Bréfritari: Katrín Einarsdóttir
Viðtakandi: Daníel Halldórsson
Dagsetning: A-1877-03-15
Skrifað á: Akureyri  Eyf.

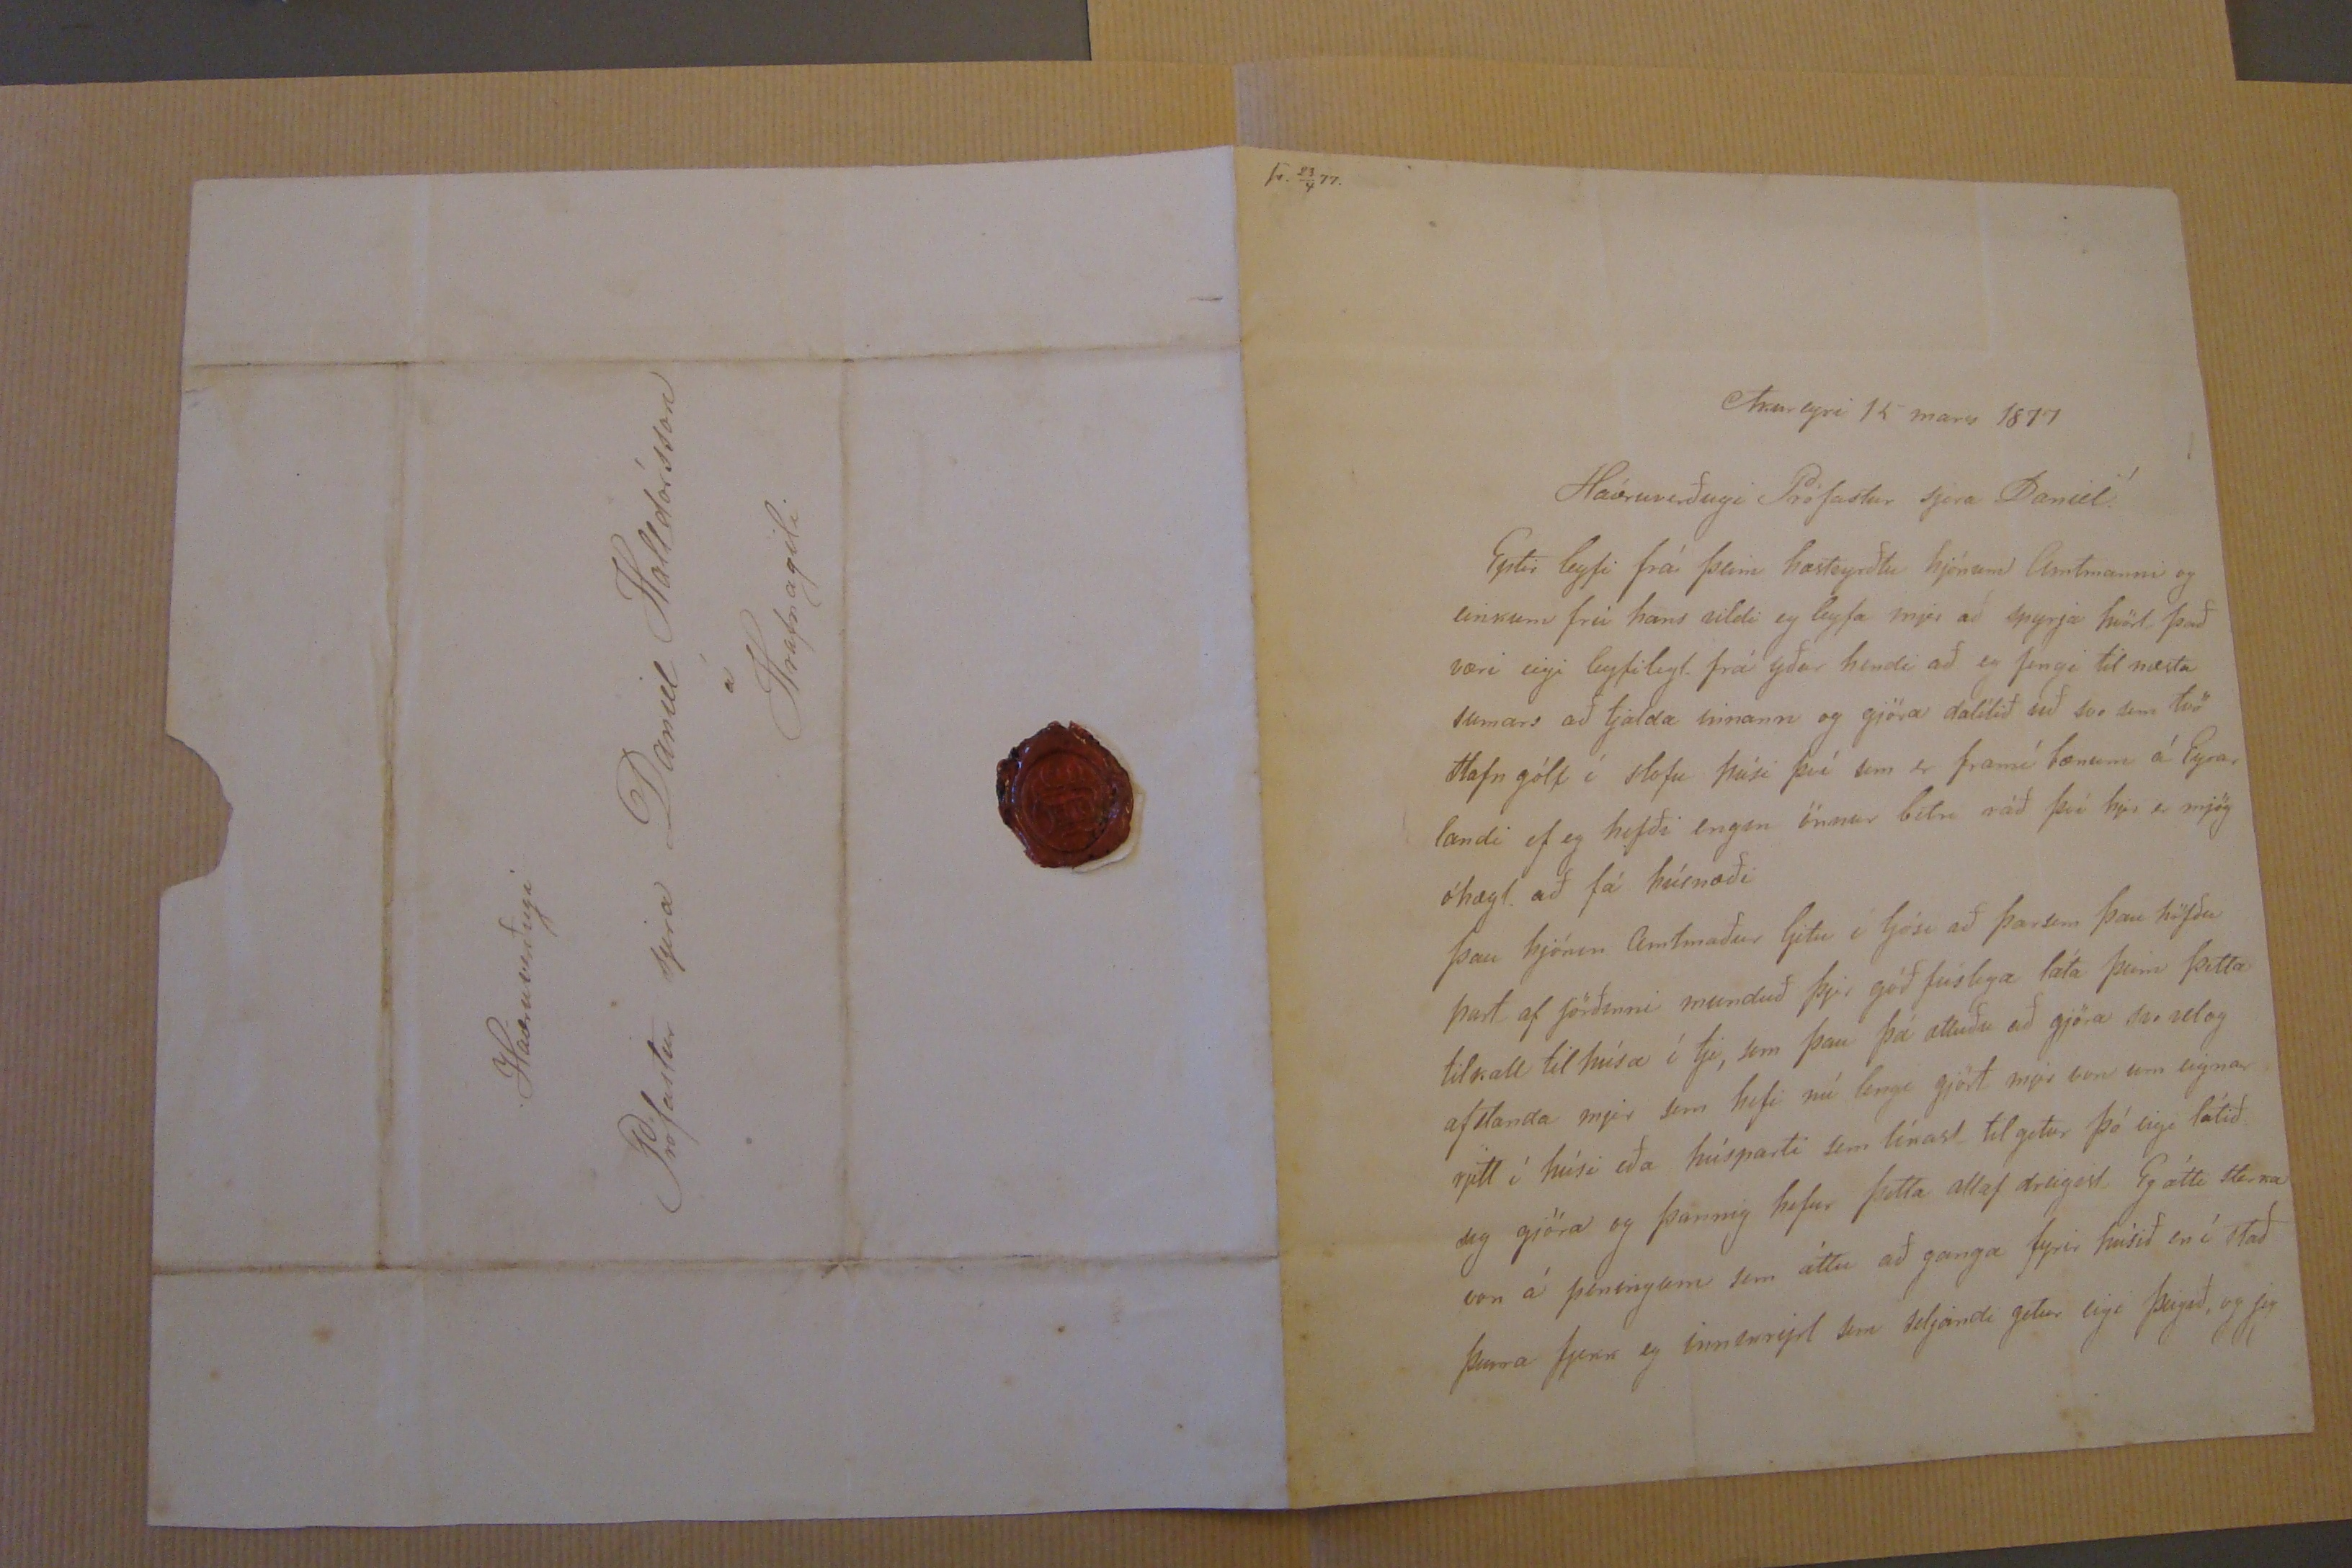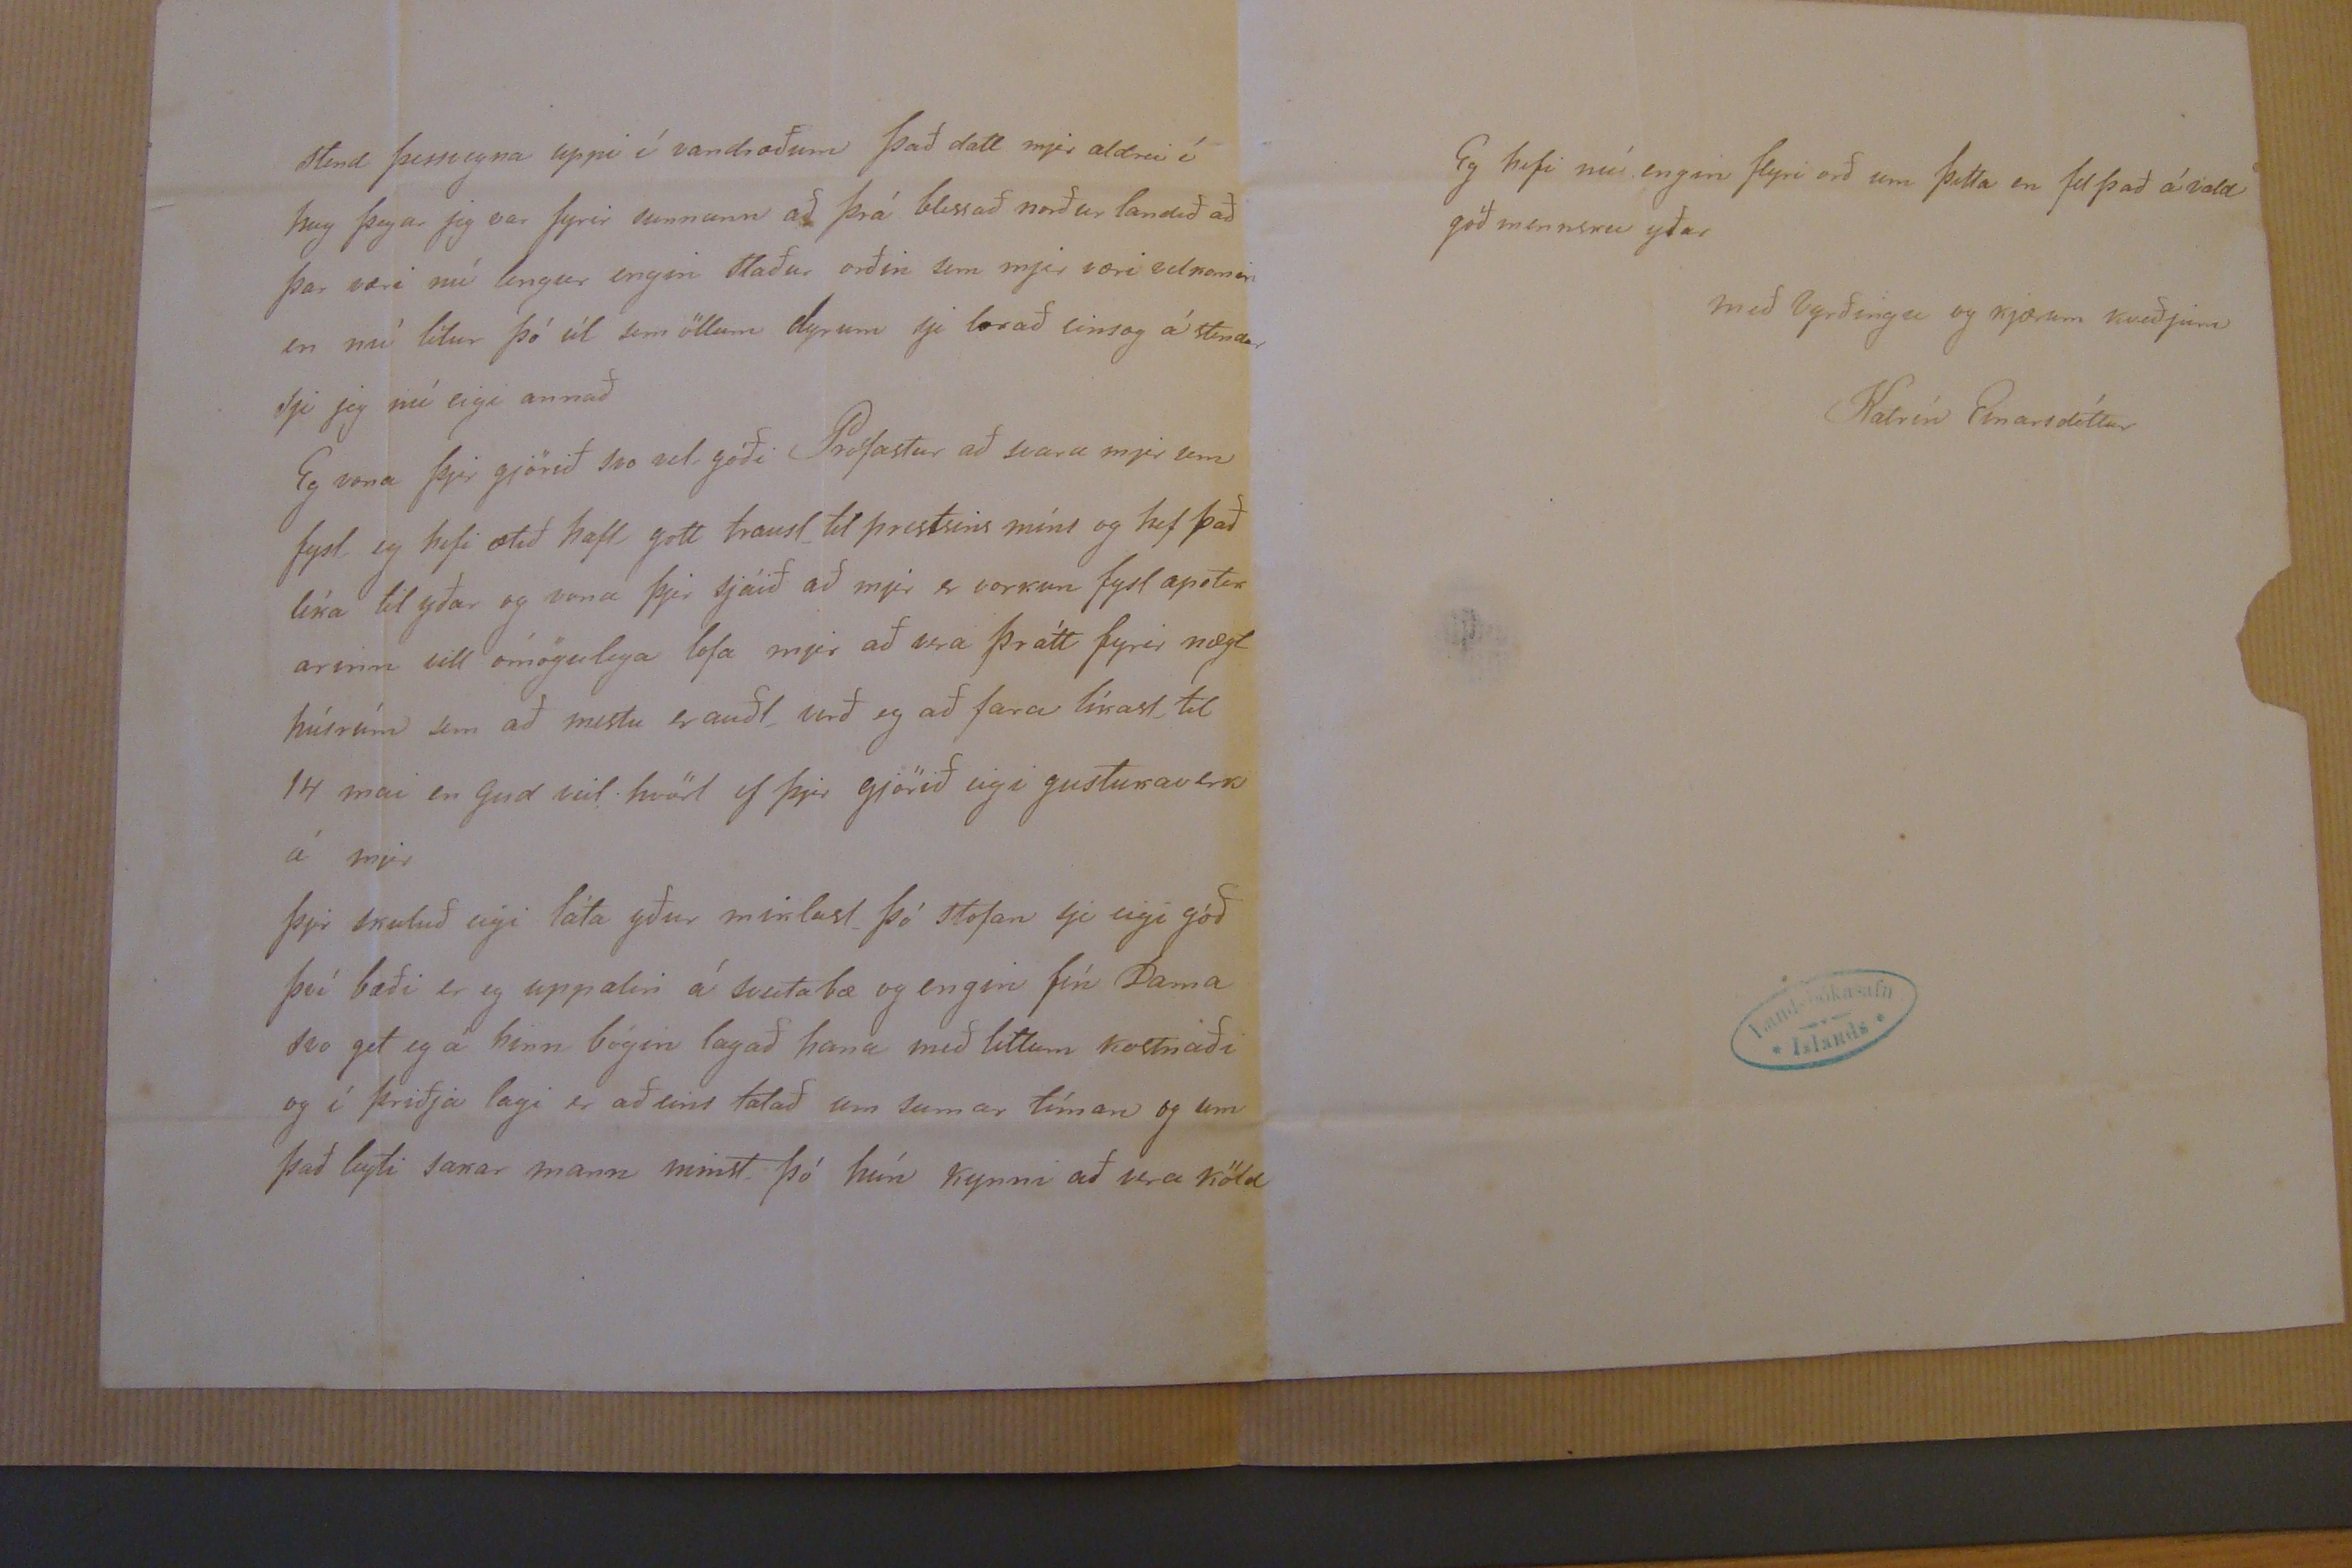

sv. 23/4 77.
Akureyri 15 mars 1877
Háæruverðugi Prófastur sjera Daniel!
Eptir leyfi frá þeim hæst
vyrðtu
hjónum Amtmanni og einkum frú hans vildi eg leyfa mjer að spyrja hvört það væri eigi leyfilegt frá yðar hendi að eg fengi til næsta sumars að tjalda
innann
og gjöra dálítið við svo sem tvö stafn gólf í stofu húsi því sem er framí bænum á Eyra, landi ef eg hefði engin önnur betri ráð því hjer er mjög óhagl. að fá húsnæði þau hjónin amtmaður ljetu í ljósi að þar sem þau höfðu part af jörðinni munduð þjer góðfúslega láta þeim þetta tilkall til húsa í tje, sem þau þá ætluðu að gjöra svo vel og afstanda mjer sem hefi nú lengi gjört mjer bon um eigna rjett í húsi eða húsparti sem tínast til getur þó eigi látið jeg gjöra og þannig hefur þetta altaf dreigist Eg átti
staka
von á peningum sem áttu að ganga fyrir húsið en í stað þeirra fjekk eg inn
00000
sem seljandi getur eigi þeigið, og jeg
stend þessvegna uppi í vandræðum það datt mjer aldrei í hug þegar jeg var fyrir sunnann að þrá blessað norður landið að þar væri nú lengur engin staður orðin sem mjer væri vel komin en nú lítur þó út sem öllum dyrum sje lokað einsog á stendur sje jeg nú eigi annað Eg vona þjer gjörið svo vel góði Prófastur að svara mjer sem fyst eg hefi ætíð haft gott traust til prestsins míns og hef það líka til yðar og vona þjer sjáið að mjer er vorkun fyst apt
ur arinn
vill ómögulega lofa mjer að vera þrátt fyrir nægt húsrúm um að mestu er auðl. verð eg að fara tínast til 14 mai en Guð veit hvört ef þjer gjörið eigi
gustukaverk
á mjer þjer skuluð eigi láta yður miklast þó stofan sje eigi góð því bæði er eg uppalin á sveitabæ og engin fín Dama svo get eg á hinn bógin lagað hana með litlum kostnaði og í þriðja lagi er aðeins talað um sumar tíman og um það leyti sakar mann minst þó hún kynni að vera köld
Eg hefi nú engin flyri orð um þetta en fel það á vald góð mennsku yðar
með vyrðingu og kjærum kveðjum
Katrín Einarsdóttir
Háæruverðugi Prófastur sjera Daniel Halldórsson á Hrafnagili